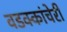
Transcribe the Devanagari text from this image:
वडक्कांचेरी